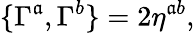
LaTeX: \{ \Gamma^{\mathfrak{a}},\Gamma^{b}\} =2\eta^{\mathfrak{a}b},